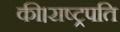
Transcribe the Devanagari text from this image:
की।राष्ट्रपति